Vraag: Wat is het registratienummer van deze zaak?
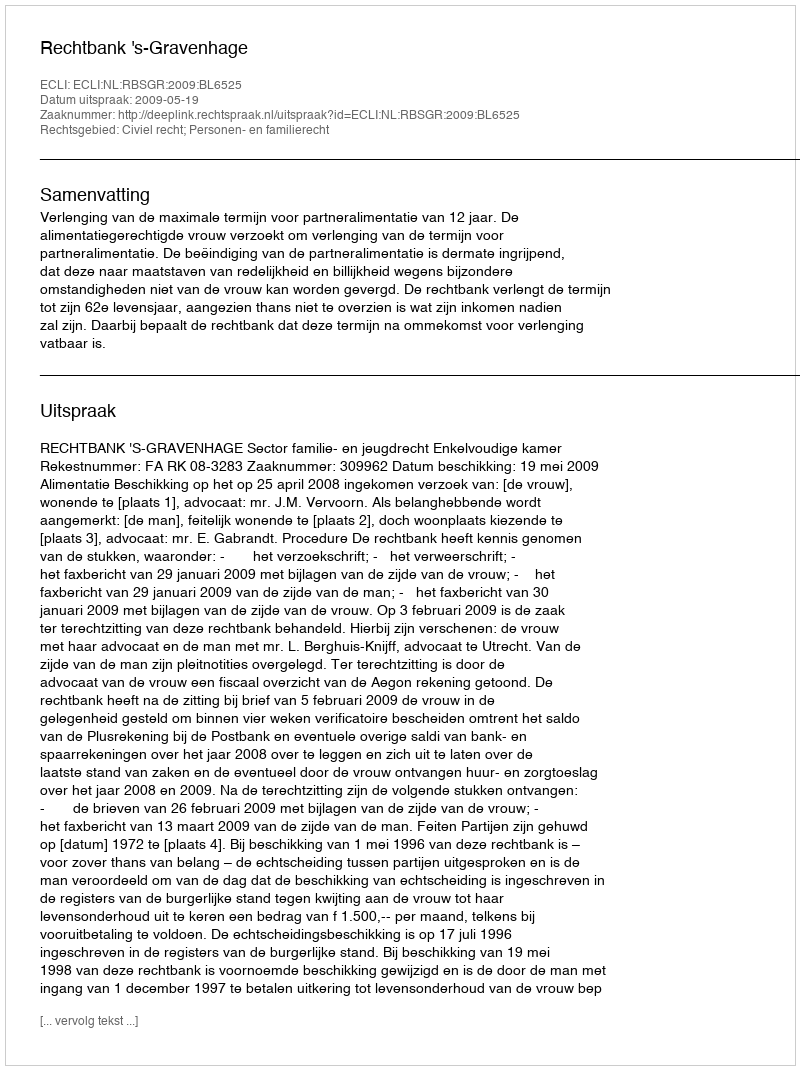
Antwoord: http://deeplink.rechtspraak.nl/uitspraak?id=ECLI:NL:RBSGR:2009:BL6525